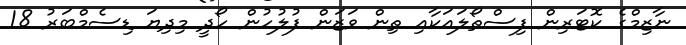
ނާޒިމްގެ ކޮޓަރިން ފިސްތޯލައަކާއި ތިން ވަޒަން ފުލުހުން ހޯދީ މިދިޔަ ޑިސެމްބަރު 18